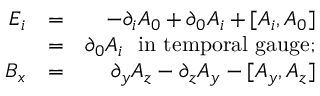
\begin{array} { r l r } { E _ { i } } & { = } & { - \partial _ { i } A _ { 0 } + \partial _ { 0 } A _ { i } + [ A _ { i } , A _ { 0 } ] } \\ & { = } & { \partial _ { 0 } A _ { i } \mathrm { \ \ i n ~ t e m p o r a l ~ g a u g e } ; } \\ { B _ { x } } & { = } & { \partial _ { y } A _ { z } - \partial _ { z } A _ { y } - [ A _ { y } , A _ { z } ] } \end{array}